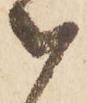
被